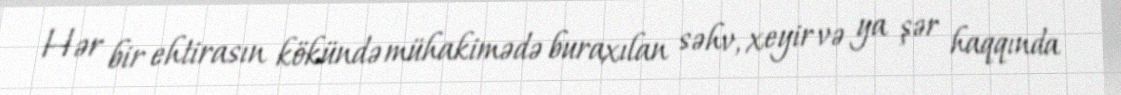
Hər bir ehtirasın kökündə mühakimədə buraxılan səhv, xeyir və ya şər haqqında